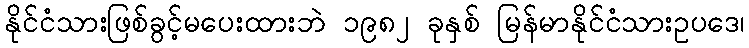
နိုင်ငံသားဖြစ်ခွင့်မပေးထားဘဲ ၁၉၈၂ ခုနှစ် မြန်မာနိုင်ငံသားဥပဒေ၊